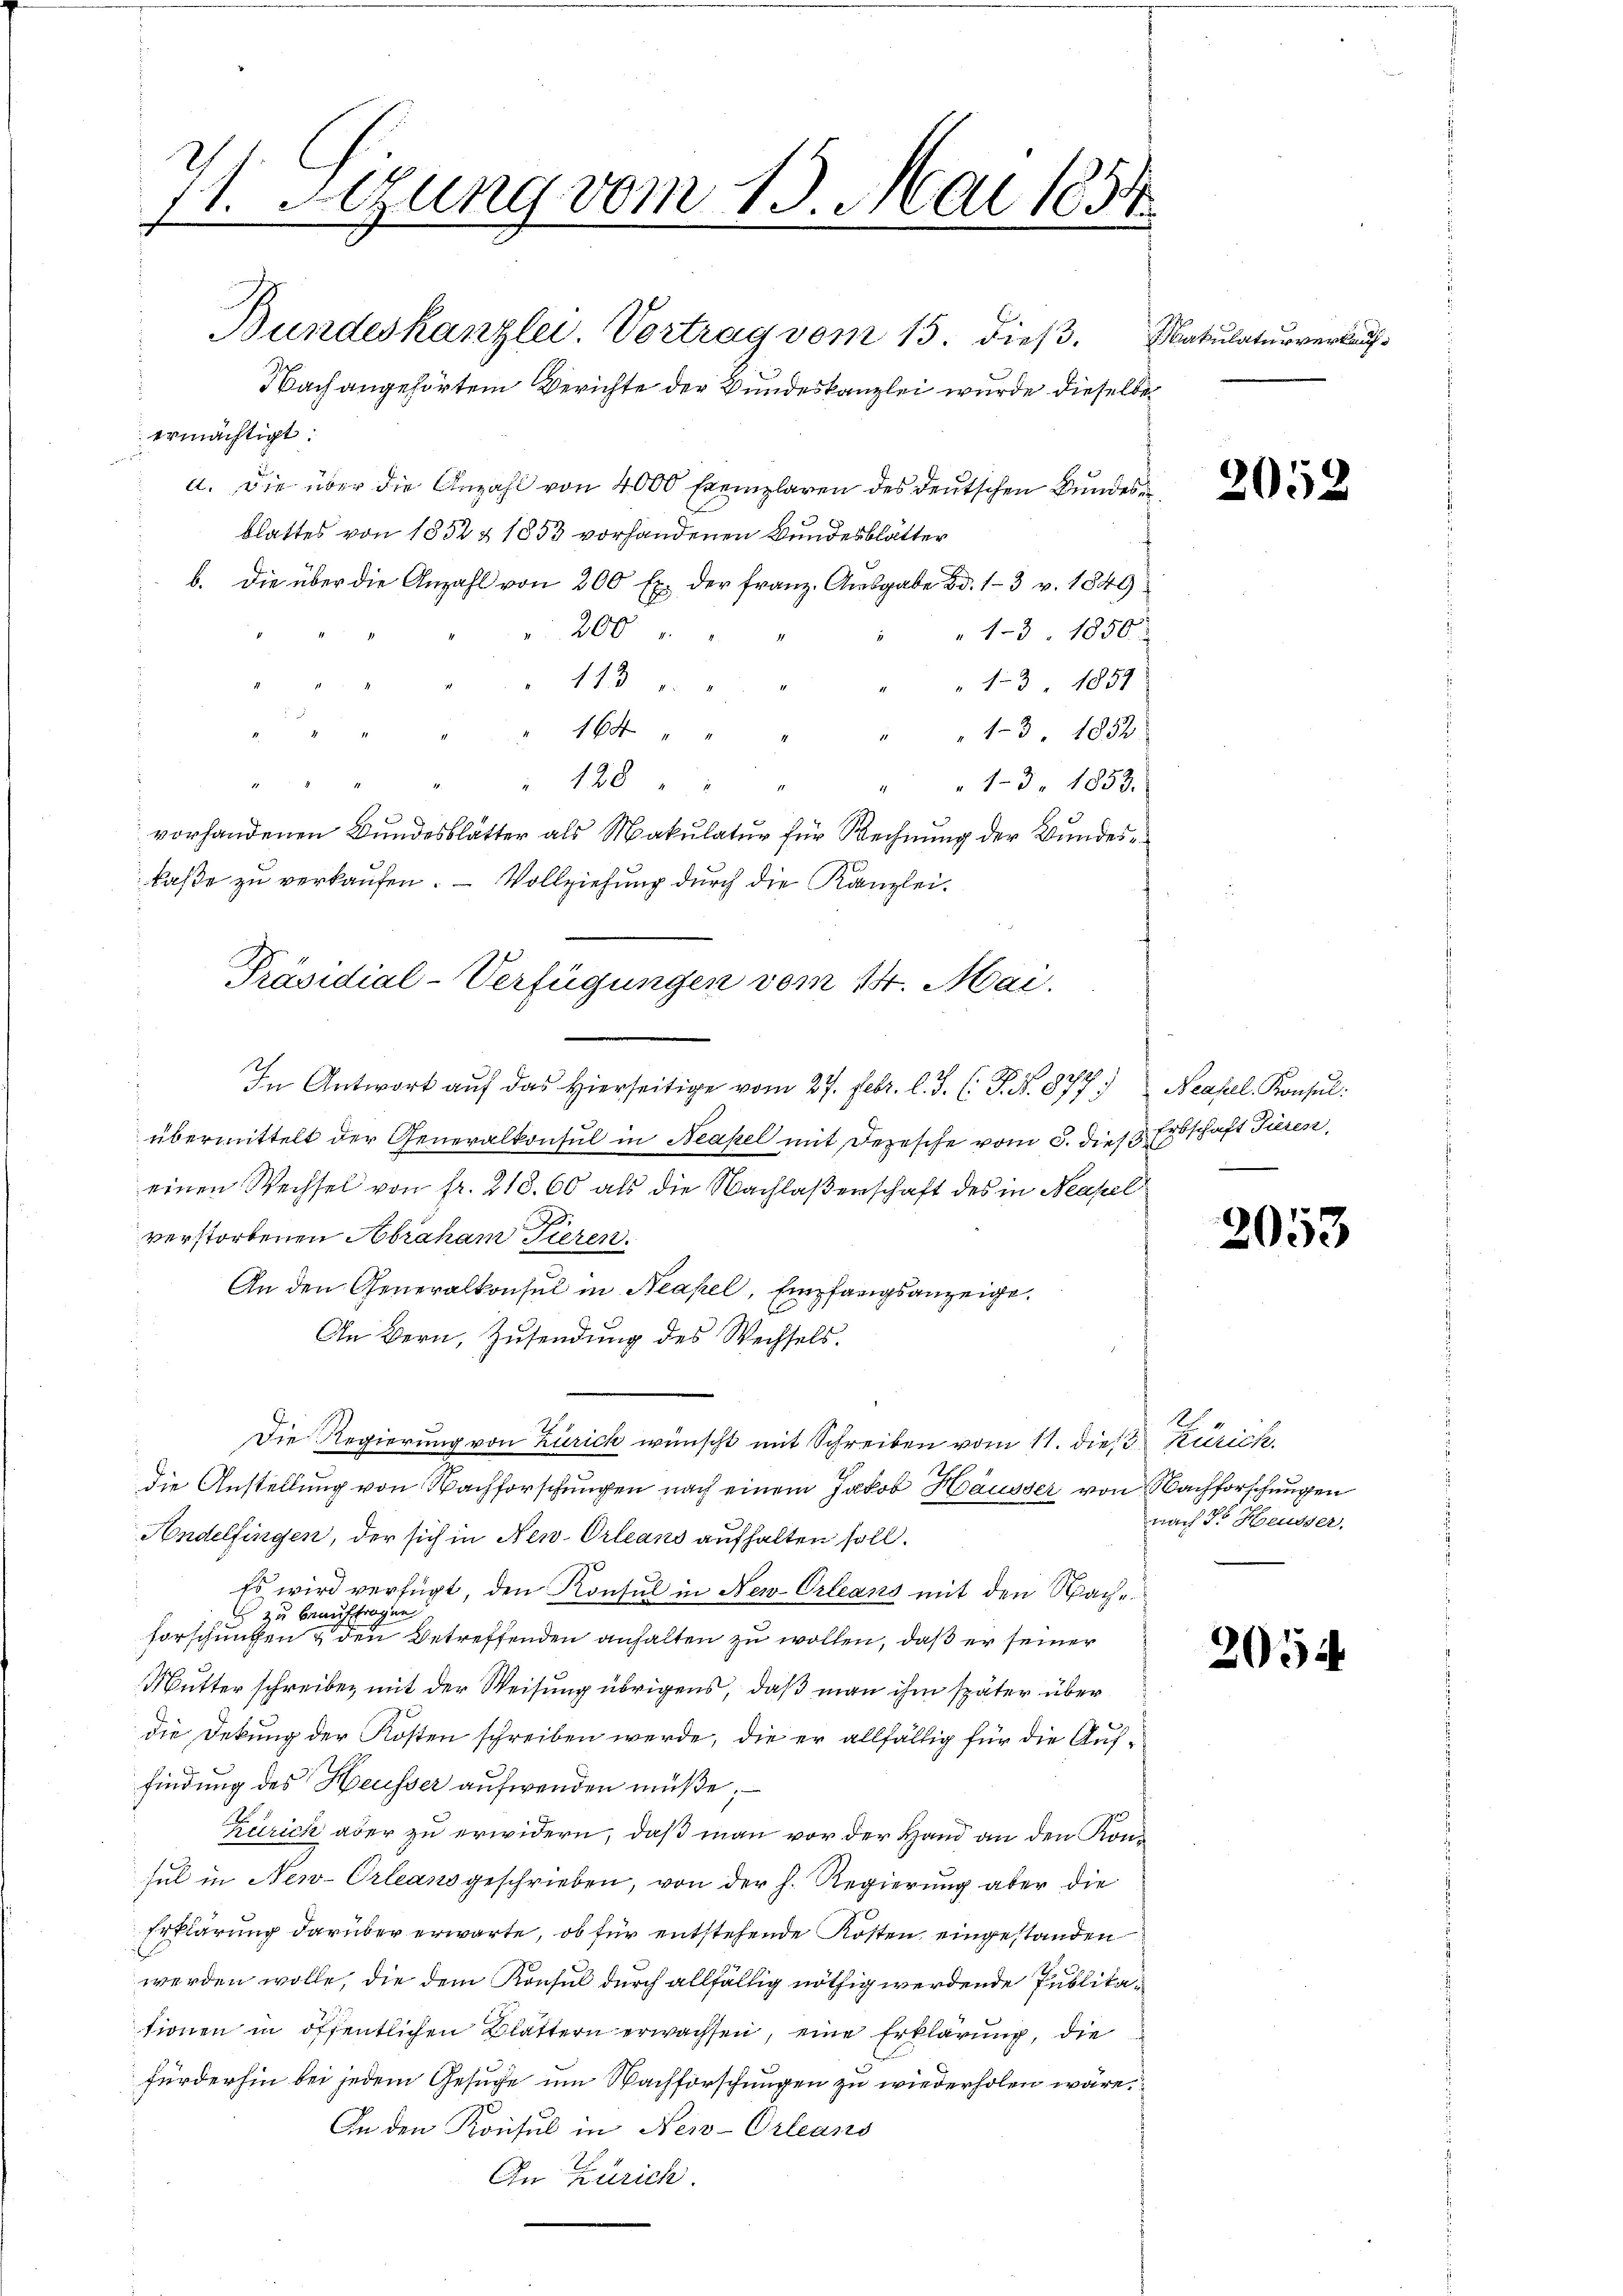
1. Sezung vom 19. Mai 1854
t

Bundeskanzlei. Vortrag vom 15. dieß.
Nach angehörtem Berichte der Bundeskanzlei wurde dieselbe
ermächtigt.
a. Die über die Anzahl von 4000 Exemplaren des deutschen Bundes
blattes von 1832 & 1853 vorhandenen Bundesblätter
b. die über die Anzahl von 200 Ex der franz. Aŭsgabe Bd. 13 v. 1849
200
13. 1850
113
" 13. 1857
164
13. 1852
128
13. 1858.
vorhandenen Bundesblätter als Makulatur für Rechnung der Bundeskaße zu verkaufen. — Vollziehung durch die Kanzlei.
In Antwort auf das Hierseitige vom 27. Febr. l. J. (: P. N. 877;
übermittelt der Generalkonsul in Neapel mit Depesche vom 5. dies Erbschaft Tieren,
einen Wechsel von fr. 218. 60 als die Nachlaßenschaft des in Neapel
verstorbenen Abraham Tieren.
An den Generalkonsul in Neapel, Empfangsanzeige.
An Bern, Zusendung des Wechsels.
Die Regierung von Zürich wünscht mit Schreiben vom 11. dies Zürich.
4
die Anstellung von Nachforschungen nach einem Jakob Hausser von Nachforschungen
Andelfingen, der sich in New-Orleans aufhalten soll.
Es wird verfügt, den Konsul in New-Orleans mit den Nach¬
 zu beauftragen
forschungen & den Betreffenden anhalten zu wollen, daß er seiner
Mutter schreiben mit der Weisung übrigens, daß man ihm später über
die Dekung der Kosten schreiben werde, die er allfällig für die Auffindung des Heusser aufwenden müße;
Zürich aber zu erwidern, daß man vor der Hand an den Konsul in New-Orleans geschrieben, von der h. Regierung aber die
Erklärung darüber erwarte, ob für entstehende Kosten, eingestanden
werden wolle, die dem Konsul durch allfällig nöthig werdende Publikationen in öffentlichen Blättern erwachsen, eine Erklärung, die
fürderhin bei jedem Gesuche um Nachforschungen zu wiederholen wäre.
An den Konsul in New-Orleans
In Zürich

Präsidial-Verfügungen vom 14. Mai.

Makulaturverkauf

2052

scht. Neapel. Konsul
.

2053

l
nach Dr. Heusser.

2054